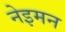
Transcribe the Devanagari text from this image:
नेइमन